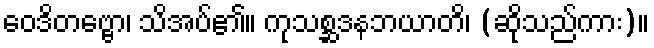
ဝေဒိတဗ္ဗော၊ သိအပ်၏။ ကုသစ္ဆဒနဘယာတိ၊ (ဆိုသည်ကား)။